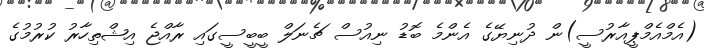
(އެމްއެމްޕީއާރުސީ)ން ދުނިޔޭގެ އެންމެ ބޮޑު ނިއުސް ޗެނަލް ބީބީސީގައި ރާއްޖެ އިޝްތިހާރު ކުރުމުގެ